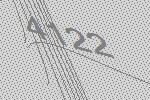
4122